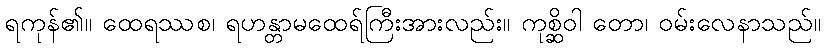
ရကုန်၏။ ထေရဿစ၊ ရဟန္တာမထေရ်ကြီးအားလည်း။ ကုစ္ဆိဝါ တော၊ ဝမ်းလေနာသည်။